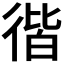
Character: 𢔡